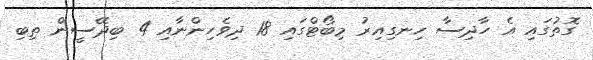
ގޮތުގައި އެ ހާދިސާ ހިނގިއިރު މިބޯޓްގައި 18 ދިވެހިންނާއި 4 ބިދޭސީން ތިބި